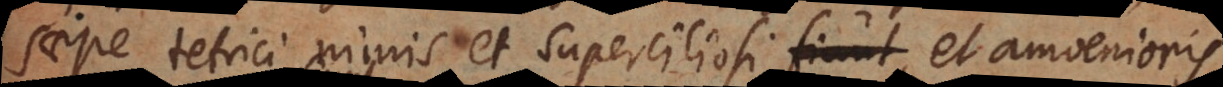
saepe tetrici nimis et superciliosi, et amoenioris